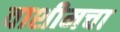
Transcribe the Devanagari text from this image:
वाशीमचा